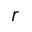
r